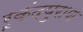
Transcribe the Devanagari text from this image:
रूकंदपुराण